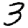
Digit: 3